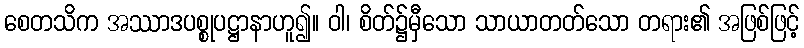
စေတသိက အဿာဒပစ္စုပဋ္ဌာနာဟူ၍။ ဝါ၊ စိတ်၌မှီသော သာယာတတ်သော တရား၏ အဖြစ်ဖြင့်